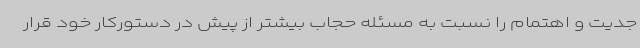
جدیت و اهتمام را نسبت به مسئله حجاب بیشتر از پیش در دستورکار خود قرار